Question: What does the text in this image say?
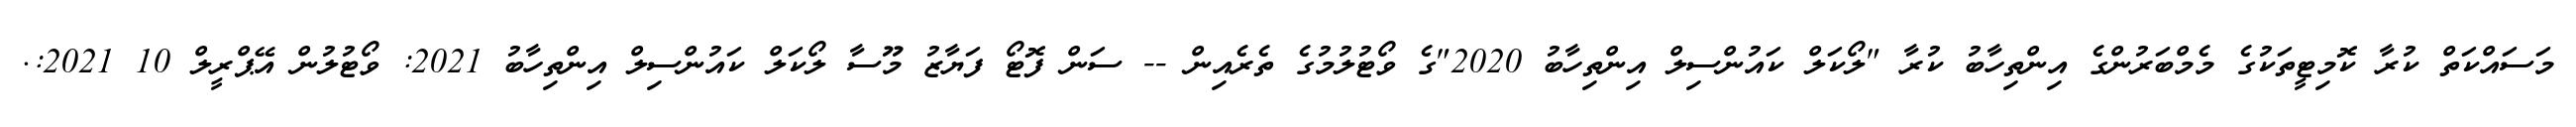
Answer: މަސައްކަތް ކުރާ ކޮމިޓީތަކުގެ މެމްބަރުންގެ އިންތިހާބު ކުރާ "ލޯކަލް ކައުންސިލް އިންތިހާބު 2020"ގެ ވޯޓުލުމުގެ ތެރެއިން -- ސަން ފޮޓޯ ފަޔާޒު މޫސާ ލޯކަލް ކައުންސިލް އިންތިހާބު 2021: ވޯޓުލުން އޭޕްރީލް 10 2021:.